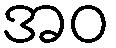
အဝ